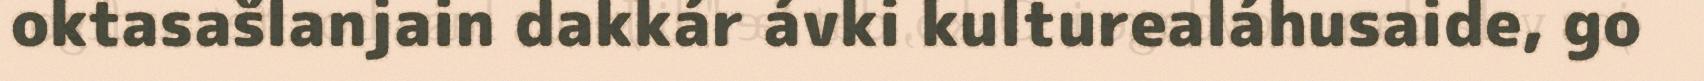
oktasašlanjain dakkár ávki kulturealáhusaide, go